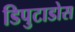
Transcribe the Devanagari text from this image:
डिपुटाडोस